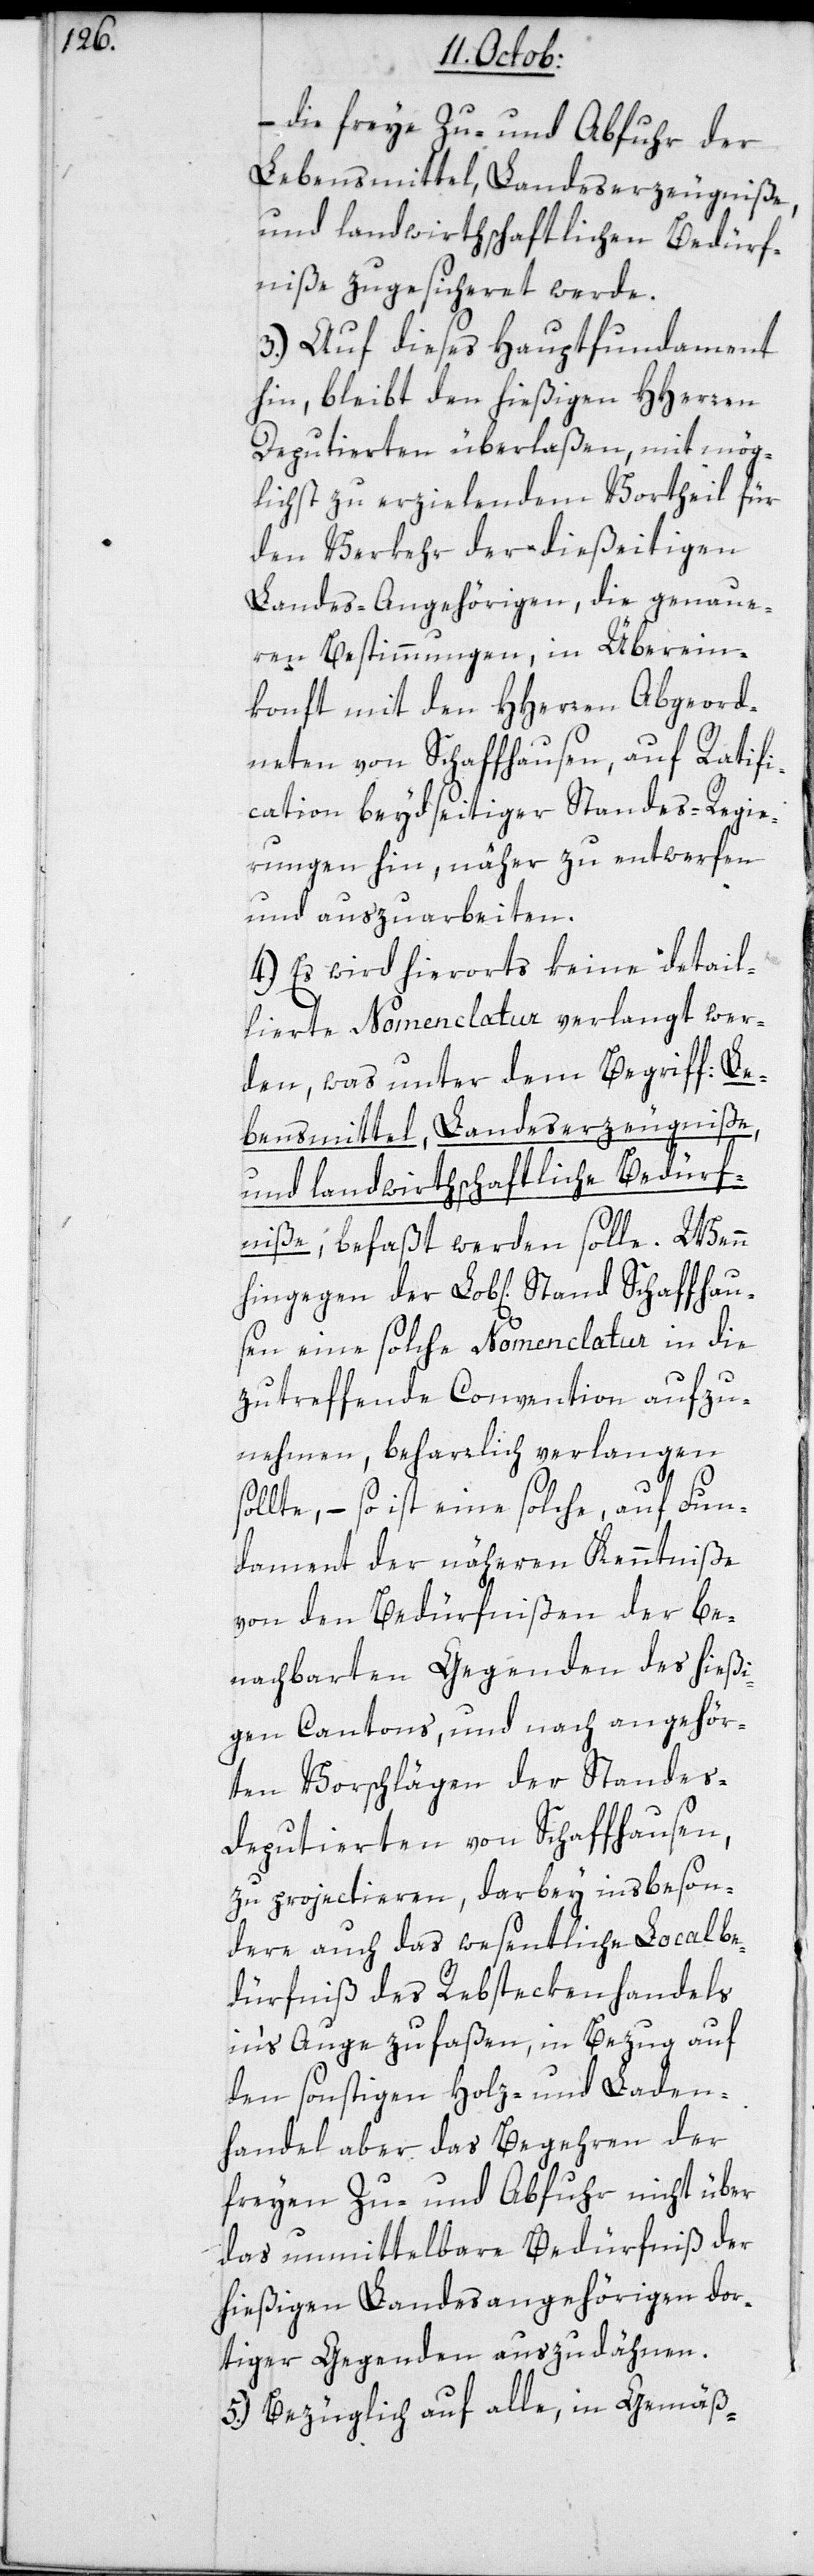
– die freye Zu- und Abfuhr der
Lebensmittel, Landeserzeugniße,
und landwirthschaftlichen Bedürf¬
niße zugesicheret werde.
3.) Auf dieses Hauptfundament
hin, bleibt den hießigen HHerren
Deputierten überlaßen, mit mög¬
lichst zu erzielendem Vortheil für
den Verkehr der dießeitigen
Landes-Angehörigen, die genaue¬
ren Bestimmungen, in Überein¬
konft mit den HHerren Abgeord¬
neten von Schaffhausen, auf Ratifi¬
cation beydseitiger Standes-Regie¬
rungen hin, näher zu entwerfen
und auszuarbeiten.
4.) Es wird hierorts keine detail¬
lierte Nomenclatur verlangt wer¬
den, was unter dem Begriff: Le¬
bensmittel, Landeserzeugniße
und landwirthschaftliche Bedürf¬
niße, befaßt werden solle. Wenn
eine solche Nomenclatur in die
zutreffende Convention aufzu¬
nehmen, beharrlich verlangen
sollte, – so ist eine solche auf Fun¬
dament der näheren Kenntniße
von den Bedürfnißen der be¬
nachbarten Gegenden des hießi¬
gen Cantons, und nach angehör¬
ten Vorschlägen der Standes¬
deputierten von Schaffhausen,
zu projectieren, darbey insbeson¬
dere auch das wesentliche Localbe¬
dürfniß des Rebsteckenhandels
ins Auge zu faßen, in Bezug auf
den sonstigen Holz- und Laden¬
handel aber das Begehren der
freien Zu- und Abfuhr nicht über
das unmittelbare Bedürfniß der
hießigen Landesangehörigen dor¬
tiger Gegenden auszudehnen.
5.) Bezüglich auf alle, in Gemäß-